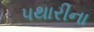
પથારીના